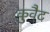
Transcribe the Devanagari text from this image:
कुवैट